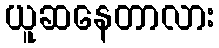
ယူဆနေတာလား